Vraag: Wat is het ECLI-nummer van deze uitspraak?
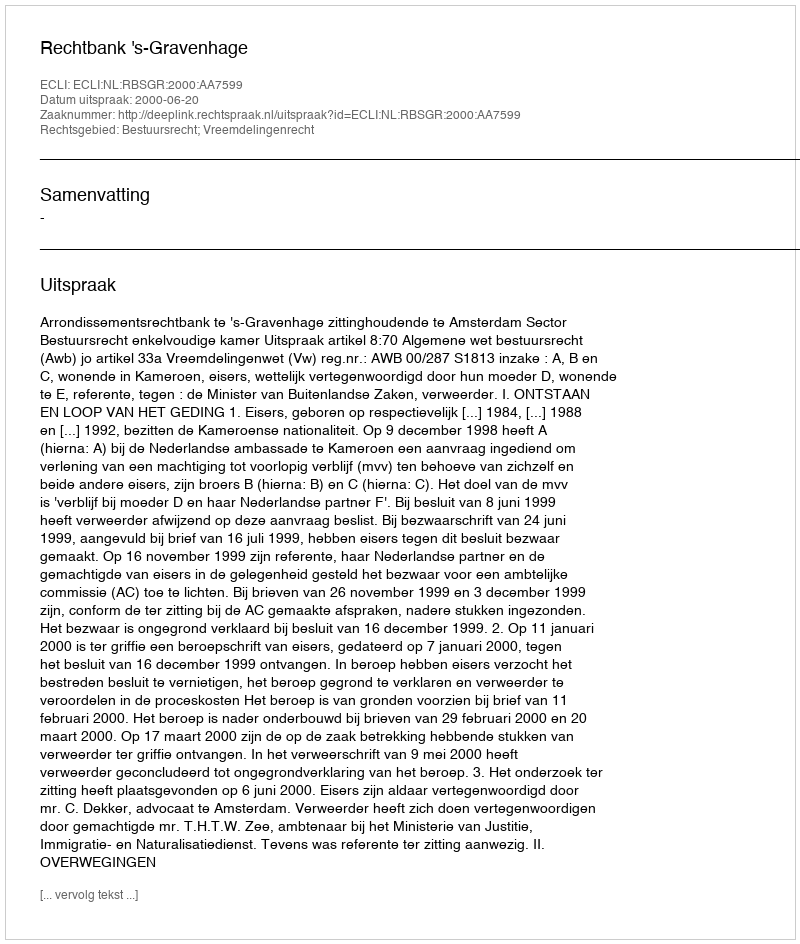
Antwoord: ECLI:NL:RBSGR:2000:AA7599